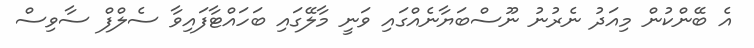
އެ ބޭންކުން މިއަދު ނެރުނު ނޫސްބަޔާނެއްގައި ވަނީ މާލޭގައި ބަހައްޓާފައިވާ ސެލްފް ސާވިސް